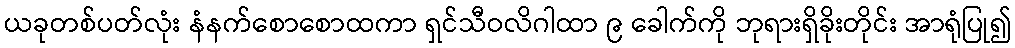
ယခုတစ်ပတ်လုံး နံနက်စောစောထကာ ရှင်သီဝလိဂါထာ ၉ ခေါက်ကို ဘုရားရှိခိုးတိုင်း အာရုံပြု၍